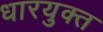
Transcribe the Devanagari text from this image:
धारयुक्त